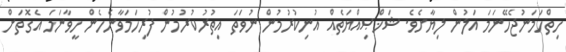
ހިތްހަމަނުޖެހޭނަމަ އަލުން ލިޔާށެވެ. ޝަޚްޞިއްޔަތެއް އުނިކުރުމުން ނުވަތަ އިތުރުކުރުމުން ފުރިހަމަވާނެހެން ހީވާނަމަ އެގޮތަށް